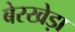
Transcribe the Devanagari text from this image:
बेरखेड़ा